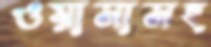
ওয়াসাসহ